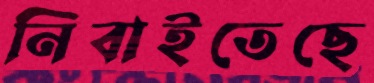
নিবাইতেছে